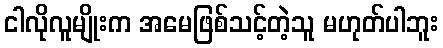
ငါလိုလူမျိုးက အမေဖြစ်သင့်တဲ့သူ မဟုတ်ပါဘူး